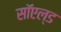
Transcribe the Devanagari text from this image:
सॉएल्ड